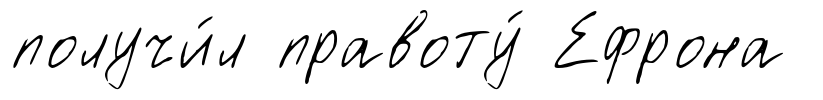
получи́л правоту́ Ефрона